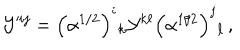
LaTeX: { \cal Y } ^ { i j } = \left( \alpha ^ { 1 / 2 } \right) ^ { i } { } _ { k } { \cal Y } ^ { k \ell } \left( \alpha ^ { 1 / 2 } \right) ^ { j } { } _ { \ell } \, ,